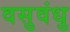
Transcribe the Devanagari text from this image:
वसुवंधु